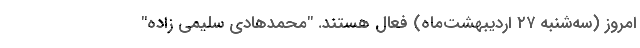
امروز (سه‌شنبه ۲۷ اردیبهشت‌ماه) فعال هستند. "محمدهادی سلیمی زاده"